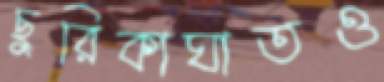
ছুরিকাঘাতও